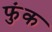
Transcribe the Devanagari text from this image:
फुंक